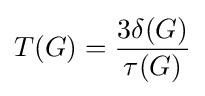
T(G)={\frac {3\delta (G)}{\tau (G)}}